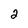
Character: 2